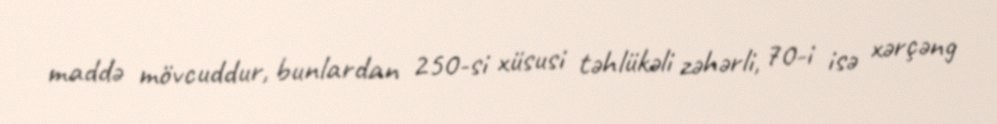
maddə mövcuddur, bunlardan 250-si xüsusi təhlükəli zəhərli, 70-i isə xərçəng